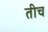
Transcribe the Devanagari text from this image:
तीच